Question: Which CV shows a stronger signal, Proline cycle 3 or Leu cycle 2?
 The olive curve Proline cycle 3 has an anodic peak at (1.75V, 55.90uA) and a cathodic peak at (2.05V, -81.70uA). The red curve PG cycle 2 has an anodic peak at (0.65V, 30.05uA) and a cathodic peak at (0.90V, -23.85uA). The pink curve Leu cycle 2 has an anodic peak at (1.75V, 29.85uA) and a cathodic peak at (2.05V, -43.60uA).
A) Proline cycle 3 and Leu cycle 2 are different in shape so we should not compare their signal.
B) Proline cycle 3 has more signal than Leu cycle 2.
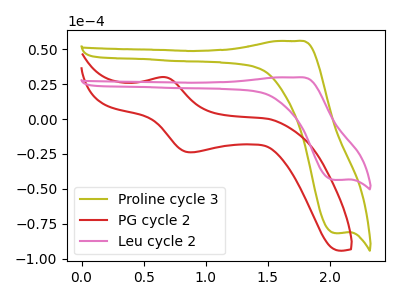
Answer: <think>All the peaks in "Proline cycle 3" have a peak in "Leu cycle 2" at the same potential. Every peak in "Proline cycle 3" is higher than every peak in "Leu cycle 2".
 </think>
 <answer>B) "Proline cycle 3" has more signal than "Leu cycle 2".</answer>
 <eval>B</eval>